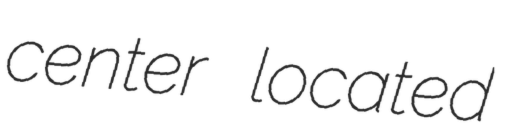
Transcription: center located